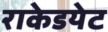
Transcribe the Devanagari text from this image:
राकेडयेट